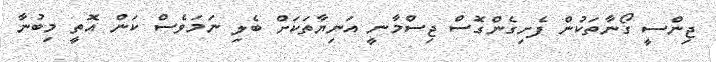
ޖިންސީ ގޯނާތަކުން ފެށިގެންގޮސް ޖިސްމާނީ އަނިޔާތަކަށް ބެލި ނަމަވެސް ކަން އޮތީ މިބުނާ